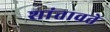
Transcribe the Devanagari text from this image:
शांतावते